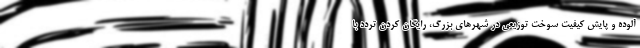
آلوده و پایش کیفیت سوخت توزیعی در شهر‌های بزرگ، رایگان کردن تردد با